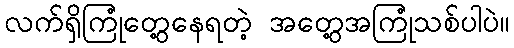
လက်ရှိကြုံတွေ့နေရတဲ့ အတွေ့အကြုံသစ်ပါပဲ။